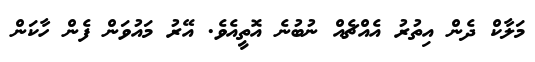
މަލާކް ދެން އިތުރު އެއްޗެއް ނުބުނެ އޮތީއެވެ. އޭރު މައުވަން ފެން ހާކަން